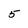
Character: 5